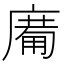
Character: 𱝈